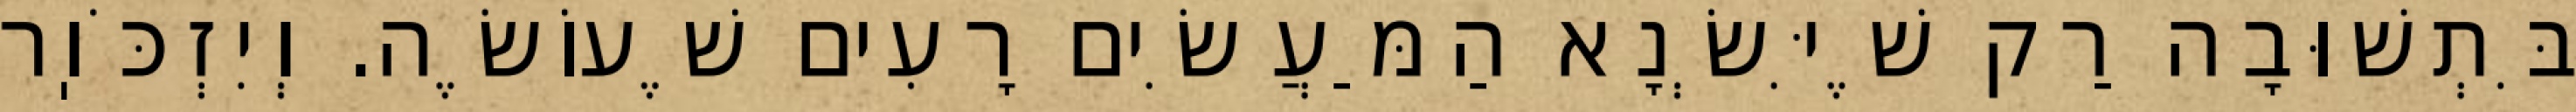
בִּתְשׁוּבָה רַק שֶׁיִּשְׂנָא הַמַּעֲשִׂים רָעִים שֶׁעוֹשֶׂה. וְיִזְכֹּוֽר